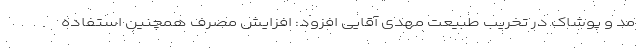
مد و پوشاک در تخریب طبیعت مهدی آقایی افزود: افزایش مصرف همچنین استفاده